Lunatic asylums United Provinces 1899-1908 - 1899-1908
Year: 1899
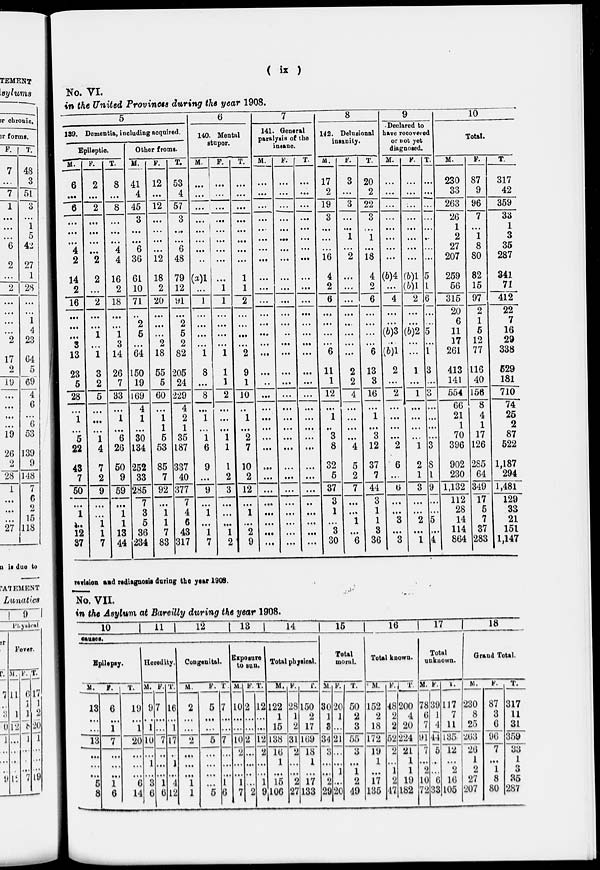
( ix )
No. VI.
in the United Provinces during the year 1908.
5
139. Dementia, including acquired.
Epileptic
M.
6
…
6
…
…
…
4
2
14
2
16
…
…
…
3
13
23
5
28
…
1
…
5
22
43
7
50
…
1
…
12
37
F.
2
…
2
…
…
…
…
2
2
…
2
…
…
1
…
1
3
2
5
…
…
…
1
4
7
2
9
…
…
1
1
7
T.
8
…
8
…
…
…
4
4
16
2
18
…
…
1
3
14
26
7
33
…
1
…
6
26
50
9
59
…
1
1
13
44
Other froms.
M.
41
4
45
3
…
…
6
36
61
10
71
…
2
5
…
64
150
19
169
4
1
…
30
134
252
33
285
7
3
5
36
234
F.
12
…
12
…
...
…
…
12
18
2
20
…
…
…
2
18
55
5
60
…
1
1
5
53
85
7
92
…
1
1
7
83
T.
53
4
57
3
…
…
6
48
79
12
91
…
2
5
2
82
205
24
229
4
2
1
35
187
337
40
377
7
4
6
43
317
6
140. Mental
stupor.
M.
…
…
…
…
...
…
…
…
(a)1
…
1
…
…
…
...
1
8
…
8
…
1
…
1
6
9
...
9
…
1
…
1
7
F.
…
...
…
…
…
…
…
…
…
1
1
…
...
…
…
1
1
1
2
…
…
…
1
1
1
2
3
…
…
…
1
2
T.
…
…
…
…
…
…
…
…
1
1
2
…
…
…
…
2
9
1
10
…
1
…
2
7
10
2
12
…
1
…
2
9
7
141. General
paralysis of the
insane.
M.
…
…
…
…
…
…
…
…
…
…
...
...
…
…
…
…
…
…
…
…
…
…
…
…
…
…
…
…
…
...
…
…
F.
…
…
...
…
…
…
...
…
…
…
…
…
…
…
…
…
…
…
…
...
…
…
…
…
…
…
...
…
…
…
…
…
T.
…
…
…
…
…
…
…
…
…
…
…
…
...
…
…
…
…
…
...
...
…
…
…
...
…
…
…
…
…
…
…
…
8
142. Delusional
insanity.
M.
17
2
19
3
…
...
...
16
4
2
6
…
…
…
...
6
11
1
12
…
1
…
3
8
32
5
37
3
1
…
3
30
F.
3
…
3
…
…
1
…
2
…
...
...
…
…
…
…
…
2
2
4
…
…
…
…
4
5
2
7
…
…
1
…
6
T.
20
2
22
3
…
1
…
18
4
2
6
…
…
…
...
6
13
3
16
…
1
…
3
12
37
7
44
3
1
1
3
36
9
Declared to
have recovered
or not yet
diagnosed.
M.
…
...
...
...
…
…
…
…
(b)4
...
4
…
...
(b)3
…
(b)1
2
…
2
…
…
…
...
2
6
…
6
…
…
3
…
3
F.
…
…
...
…
…
…
…
…
(b)1
(b)1
2
…
…
(b)2
…
…
1
…
1
…
…
…
…
1
2
1
3
…
…
2
…
1
T.
…
…
…
…
...
…
…
…
5
1
6
…
…
5
…
1
3
…
3
…
…
…
…
3
8
1
9
…
…
5
…
4
10
Total.
M.
230
33
263
26
1
2
27
207
259
56
315
20
6
11
17
261
413
141
554
66
21
1
70
396
902
230
1,132
112
28
14
114
864
F.
87
9
96
7
…
1
8
80
82
15
97
2
1
5
12
77
116
40
156
8
4
1
17
126
285
64
349
17
5
7
37
283
T.
317
42
359
33
1
3
35
287
341
71
412
22
7
16
29
338
529
181
710
74
25
2
87
522
1,187
294
1,481
129
33
21
151
1,147
revision and rediagnosis during the year 1908.
No. VII.
in the Asylum at Bareilly during the year 1908.
10
11
12
13
14
15
16
17
18
causes.
Epilepsy.
M.
13
…
…
13
…
…
…
5
8
F.
6
…
1
7
…
…
…
1
6
T.
19
…
1
20
…
…
…
6
14
Heredity.
M.
9
…
1
10
…
1
…
3
6
F.
7
…
...
7
…
…
…
1
6
T.
16
…
1
17
…
1
…
4
12
Congenital.
M.
2
…
…
2
…
...
…
1
1
F.
5
…
…
5
…
…
…
…
5
T.
7
…
…
7
…
…
…
1
6
Exposure
to sun.
M.
10
…
…
10
2
…
…
1
7
F.
2
…
…
2
…
…
…
…
2
T.
12
…
…
12
2
…
…
1
9
Total physical.
M.
122
1
15
138
16
1
…
15
106
F.
28
1
2
3l
2
…
…
2
27
T.
150
2
17
169
18
1
…
17
133
Total
moral.
M.
30
1
3
34
3
…
…
2
29
F.
20
1
...
21
…
…
1
…
20
T.
50
2
3
55
3
…
1
2
49
Total known.
M.
152
2
18
172
19
1
...
17
135
F.
48
2
2
52
2
…
1
2
47
T.
200
4
20
224
21
1
1
19
182
Total
unknown.
M.
78
6
7
91
7
…
2
10
72
F.
39
1
4
44
5
…
…
6
33
T.
117
7
11
135
12
…
2
16
105
Grand Total.
M.
230
8
25
263
26
1
2
27
207
F.
87
3
6
96
7
...
1
8
80
T.
317
11
31
359
33
1
3
35
287